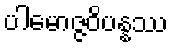
ပါမောဇ္ဇဝိပန္နဿ